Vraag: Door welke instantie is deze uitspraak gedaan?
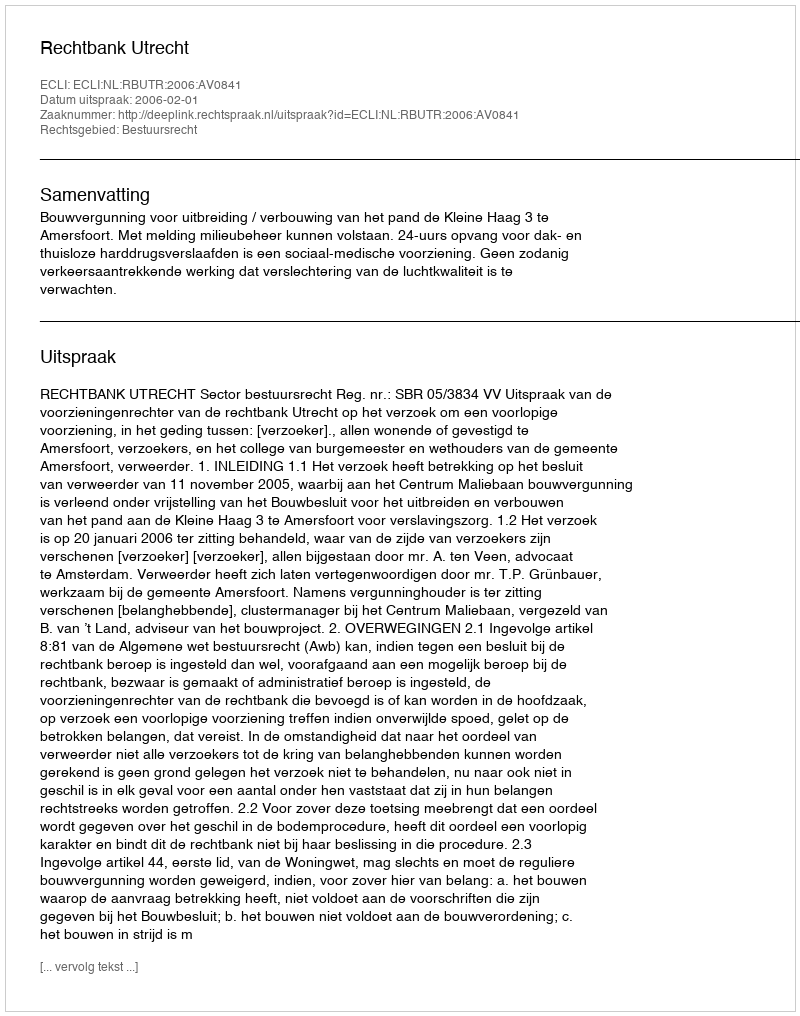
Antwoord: Rechtbank Utrecht